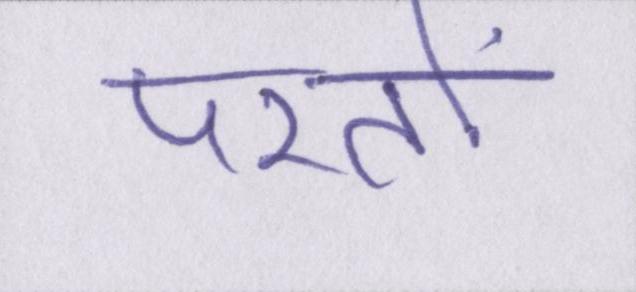
परतों